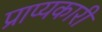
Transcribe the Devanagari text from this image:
प्राप्यकारी